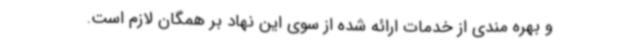
و بهره مندی از خدمات ارائه شده از سوی این نهاد بر همگان لازم است.